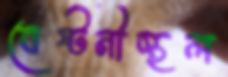
বেষ্টনীস্থল